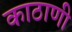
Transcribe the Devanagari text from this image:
काठाणी